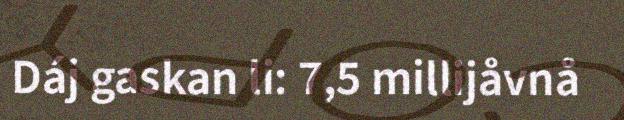
Dáj gaskan li: 7,5 millijåvnå